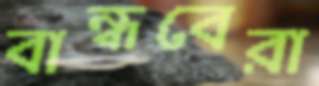
বান্ধবেরা